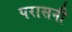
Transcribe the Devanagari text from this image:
परासनी